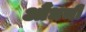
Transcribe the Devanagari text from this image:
औंधची